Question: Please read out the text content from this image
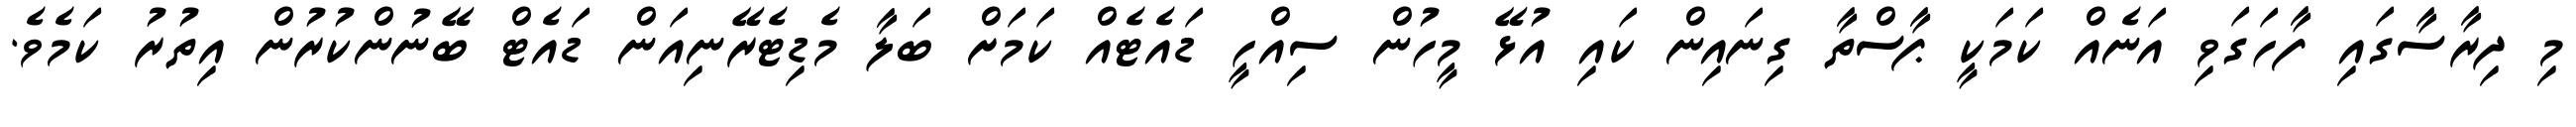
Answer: މި ދިރާސާގައި ފާހަގަވި އަނެއް ކަމަކީ ޕާސްތާ ގިނައިން ކައި އުޅޭ މީހުން ސިއްހީ ޑައެޓެއް ކަމަށް ބަލާ މެޑިޓެރޭނިއަން ޑައެޓް ބޭނުންކުރުން އިތުރު ކަމެވެ.